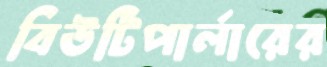
বিউটিপার্লারের